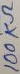
Text: 100KΩ